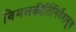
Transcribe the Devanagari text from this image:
विमलकीर्तिनिर्देशसूत्र